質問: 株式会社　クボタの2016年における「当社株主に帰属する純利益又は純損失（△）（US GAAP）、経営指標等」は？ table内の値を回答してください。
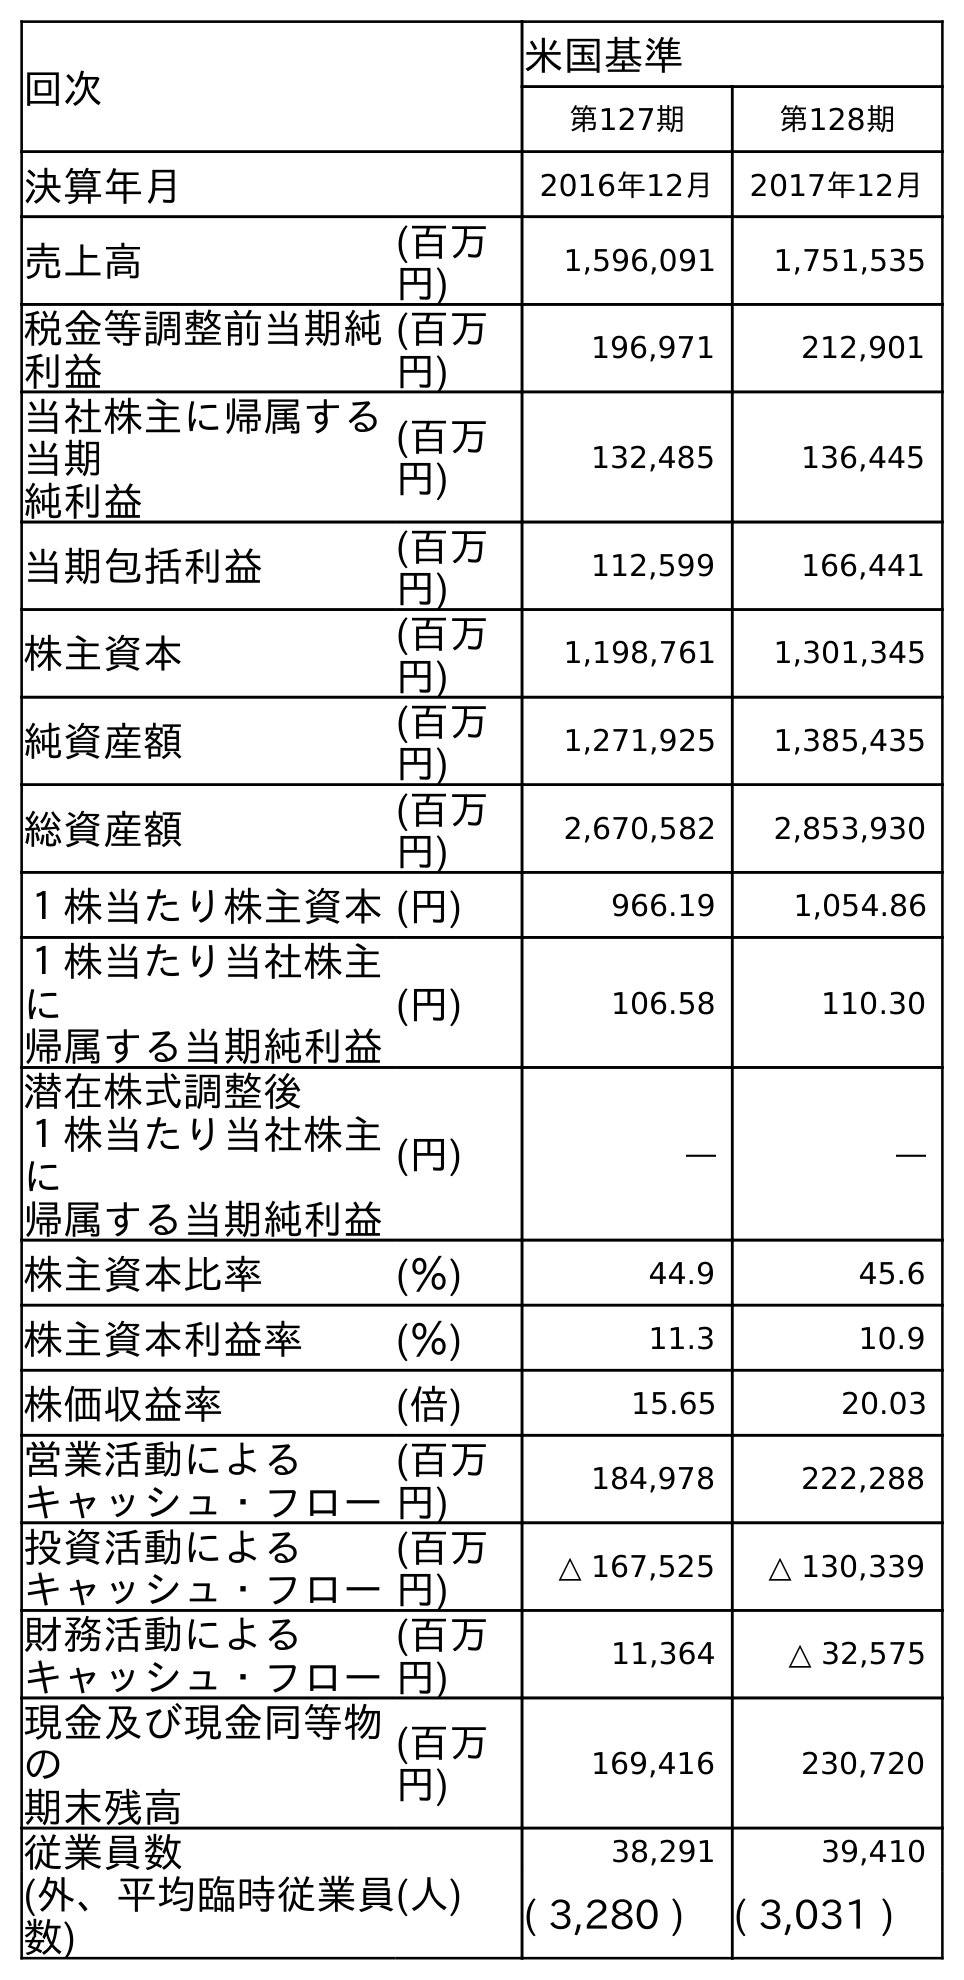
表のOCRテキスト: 回次 米国基準 第127期 第128期 決算年月 2016年12月 2017年12月 売上高 (百万 円) 1,596,091 1,751,535 税金等調整前当期純 利益 (百万 円) 196,971 212,901 当社株主に帰属する 当期 純利益 (百万 円) 132,485 136,445 当期包括利益 (百万 円) 112,599 166,441 株主資本 (百万 円) 1,198,761 1,301,345 純資産額 (百万 円) 1,271,925 1,385,435 総資産額 (百万 円) 2,670,582 2,853,930 １株当たり株主資本(円) 966.19 1,054.86 １株当たり当社株主 に 帰属する当期純利益 (円) 106.58 110.30 潜在株式調整後 １株当たり当社株主 に 帰属する当期純利益 (円) ― ― 株主資本比率 (％) 44.9 45.6 株主資本利益率 (％) 11.3 10.9 株価収益率 (倍) 15.65 20.03 営業活動による キャッシュ・フロー (百万 円) 184,978 222,288 投資活動による キャッシュ・フロー (百万 円) △ 167,525 △ 130,339 財務活動による キャッシュ・フロー (百万 円) 11,364 △ 32,575 現金及び現金同等物 の 期末残高 (百万 円) 169,416 230,720 従業員数 (人) 38,291 39,410 (外、平均臨時従業員 数) ( 3,280 ) ( 3,031 )
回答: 132,485